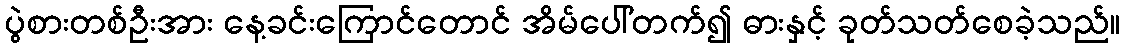
ပွဲစားတစ်ဦးအား နေ့ခင်းကြောင်တောင် အိမ်ပေါ်တက်၍ ဓားနှင့် ခုတ်သတ်စေခဲ့သည်။